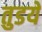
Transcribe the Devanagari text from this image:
तुडये